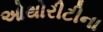
ઓથોરીટીના